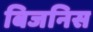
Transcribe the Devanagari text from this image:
बिजनिस